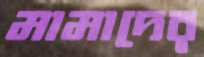
মামাদের